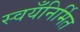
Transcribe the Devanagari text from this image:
स्वयँनिर्मित